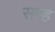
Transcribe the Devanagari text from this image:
सम्ह